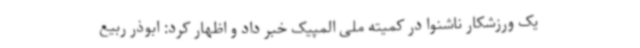
یک ورزشکار ناشنوا در کمیته ملی المپیک خبر داد و اظهار کرد: ابوذر ربیع